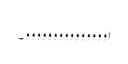
اووووووووووووووو۔